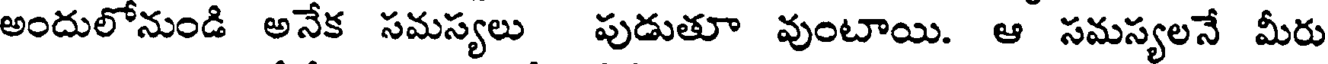
అందులోనుండి అనేక సమస్యలు పుడుతూ వుంటాయి. ఆ సమస్యలనే మీరు